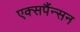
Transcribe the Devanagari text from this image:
एक्सपैंन्सन